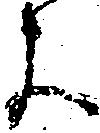
よ